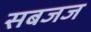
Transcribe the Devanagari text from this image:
सबजज